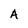
Character: A